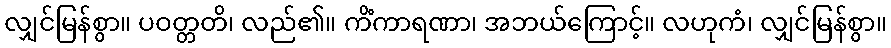
လျှင်မြန်စွာ။ ပဝတ္တတိ၊ လည်၏။ ကိံကာရဏာ၊ အဘယ်ကြောင့်။ လဟုကံ၊ လျှင်မြန်စွာ။